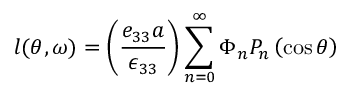
l ( \theta , \omega ) = \left( \frac { e _ { 3 3 } a } { \epsilon _ { 3 3 } } \right) \sum _ { n = 0 } ^ { \infty } \Phi _ { n } P _ { n } \left( \cos \theta \right)